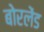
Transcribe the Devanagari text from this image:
बोरलेंड